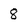
Character: 8